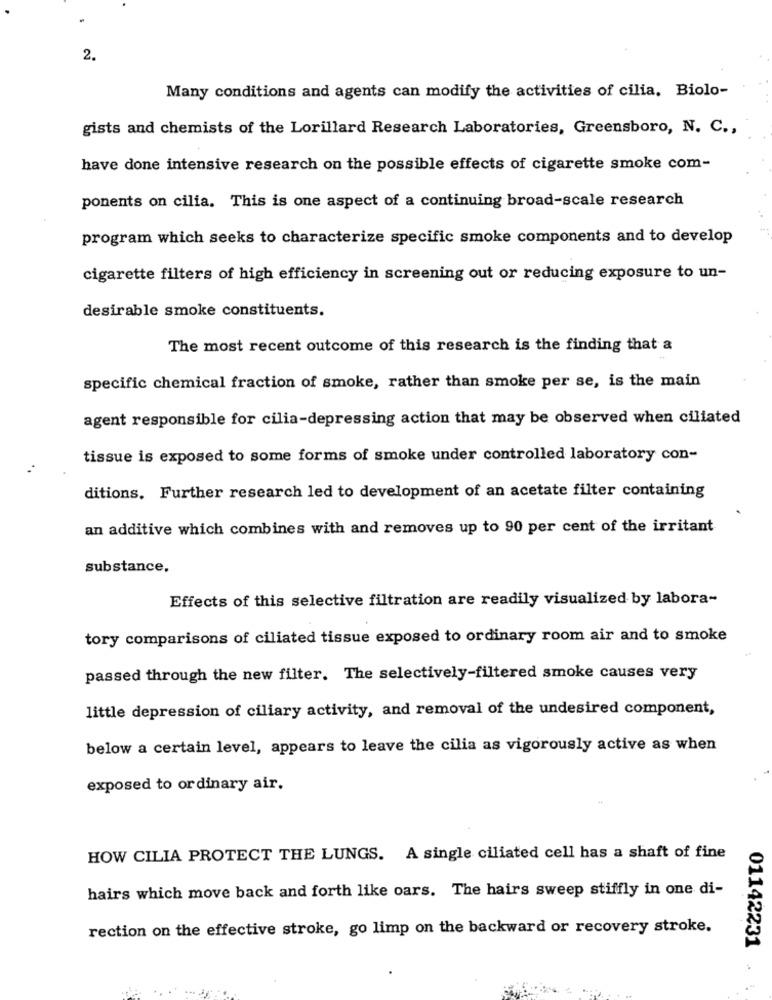
2.
Many conditions and agents can modify the activities of cilia. Biolo-
gists and chemists of the Lorillard Research Laboratories, Greensboro, N. C .,
have done intensive research on the possible effects of cigarette smoke com-
ponents on cilia. This is one aspect of a continuing broad-scale research
program which seeks to characterize specific smoke components and to develop
cigarette filters of high efficiency in screening out or reducing exposure to un-
desirable smoke constituents.
The most recent outcome of this research is the finding that a
specific chemical fraction of smoke, rather than smoke per se, is the main
agent responsible for cilia-depressing action that may be observed when ciliated
tissue is exposed to some forms of smoke under controlled laboratory con-
ditions. Further research led to development of an acetate filter containing
an additive which combines with and removes up to 90 per cent of the irritant
substance.
Effects of this selective filtration are readily visualized by labora-
tory comparisons of ciliated tissue exposed to ordinary room air and to smoke
passed through the new filter. The selectively-filtered smoke causes very
little depression of ciliary activity, and removal of the undesired component,
below a certain level, appears to leave the cilia as vigorously active as when
exposed to ordinary air.
HOW CILIA PROTECT THE LUNGS. A single ciliated cell has a shaft of fine
hairs which move back and forth like oars. The hairs sweep stiffly in one di-
rection on the effective stroke, go limp on the backward or recovery stroke.
01142231